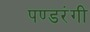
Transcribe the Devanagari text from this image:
पण्डरंगी